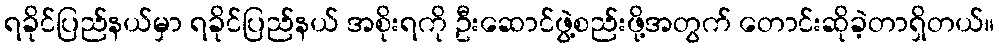
ရခိုင်ပြည်နယ်မှာ ရခိုင်ပြည်နယ် အစိုးရကို ဦးဆောင်ဖွဲ့စည်းဖို့အတွက် တောင်းဆိုခဲ့တာရှိတယ်။